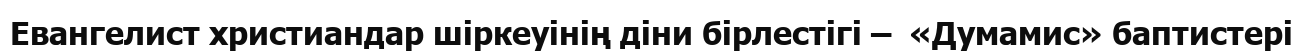
Евангелист христиандар шіркеуінің діни бірлестігі –  «Думамис» баптистері